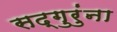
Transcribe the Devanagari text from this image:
सद्गुरुंना